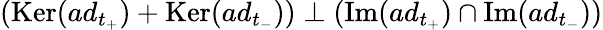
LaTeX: \left(\mathrm{Ker}(ad_{t_{+}})+\mathrm{Ker}(ad_{t_{-}})\right)\perp\left(\mathrm{Im}(ad_{t_{+}})\cap\mathrm{Im}(ad_{t_{-}})\right)